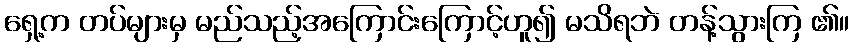
ရှေ့က တပ်များမှ မည်သည့်အကြောင်းကြောင့်ဟူ၍ မသိရဘဲ တန့်သွားကြ ၏။